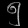
Digit: ၅